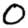
Digit: 0